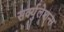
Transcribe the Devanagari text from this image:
सर्क्युलेशन्स